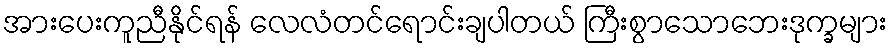
အားပေးကူညီနိုင်ရန် လေလံတင်ရောင်းချပါတယ် ကြီးစွာသောဘေးဒုက္ခများ